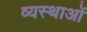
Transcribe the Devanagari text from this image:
व्यस्थाओं